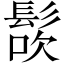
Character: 𩭜